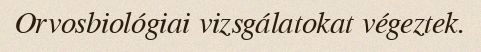
Orvosbiológiai vizsgálatokat végeztek.